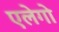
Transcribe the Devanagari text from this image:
एलेगो